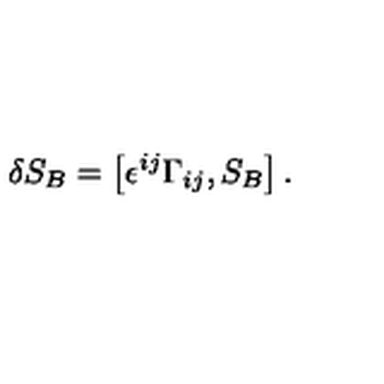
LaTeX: \delta S _ { B } = \left[ \epsilon ^ { i j } \Gamma _ { i j } , S _ { B } \right] .